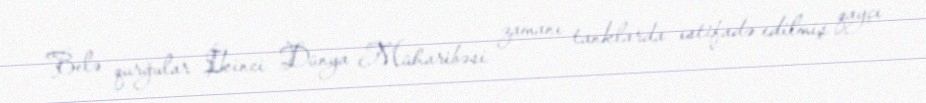
Belə qurğular İkinci Dünya Müharibəsi zamanı tanklarda istifadə edilmiş qayçı